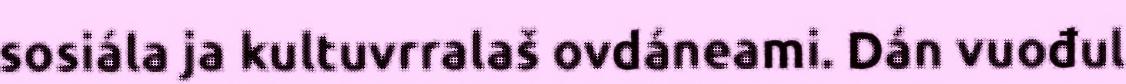
sosiála ja kultuvrralaš ovdáneami. Dán vuođul